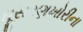
ઘૂસરણખોરીના